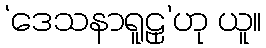
‘ဒေသနာရူဠှ’ဟု ယူ။